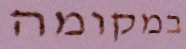
במקומה